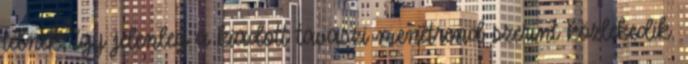
télnek, így jelenleg a kiadott tavaszi menetrend szerint közlekedik.